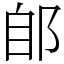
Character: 郋